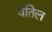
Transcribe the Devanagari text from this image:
येतिल